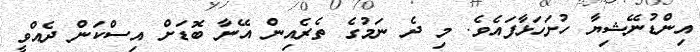
އިންޑުނޭޝިޔާ ހުށަހަޅާފައެވެ. މި ދެ ނަމުގެ ތެރެއިން އޭނާ ބޮޑަށް އިސްކަން ދެއްވީ